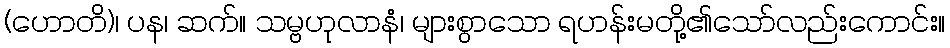
(ဟောတိ)၊ ပန၊ ဆက်။ သမ္ဗဟုလာနံ၊ များစွာသော ရဟန်းမတို့၏သော်လည်းကောင်း။